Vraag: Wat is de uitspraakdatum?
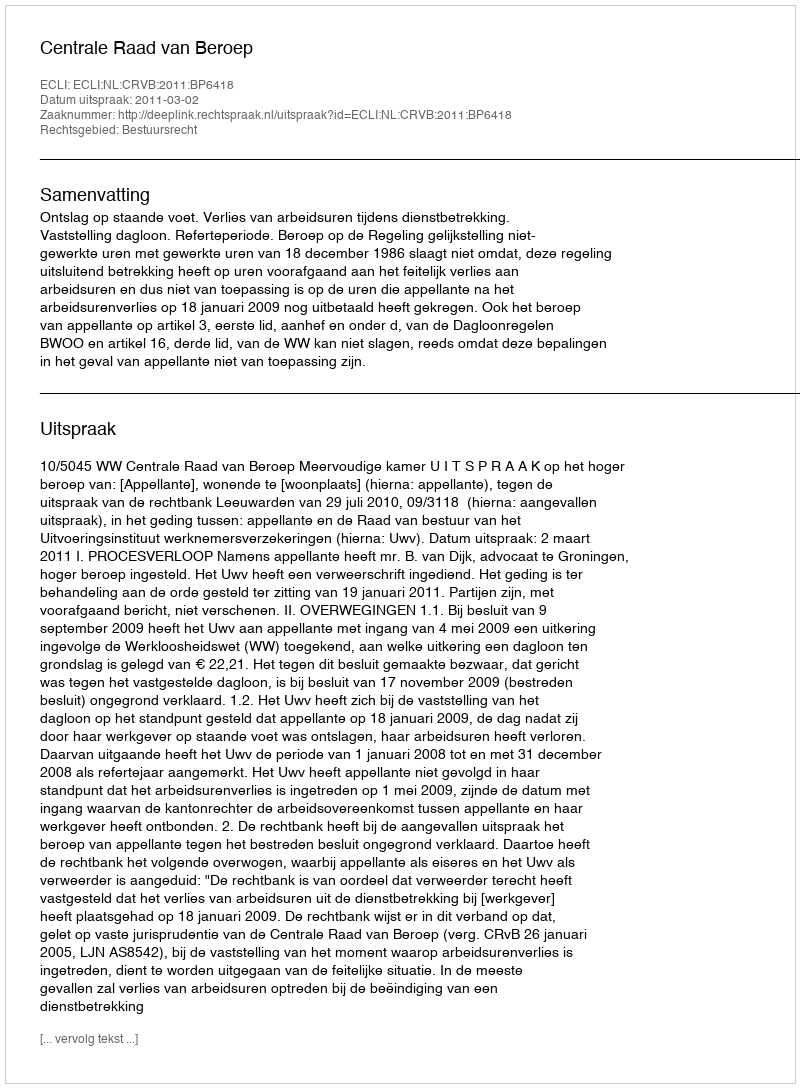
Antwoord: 2011-03-02